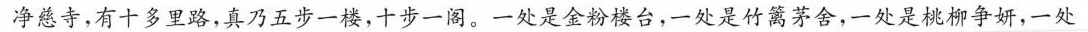
净慈寺，有十多里路，真乃五步一楼，十步一阁。一处是金粉楼台，一处是竹篱茅舍，一处是桃柳争妍，一处